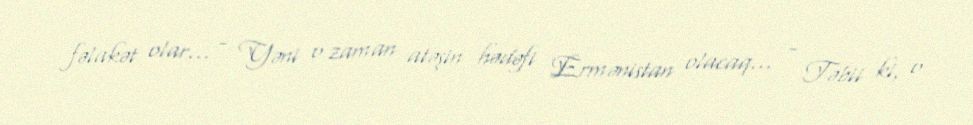
fəlakət olar... - Yəni o zaman atəşin hədəfi Ermənistan olacaq... - Təbii ki, o